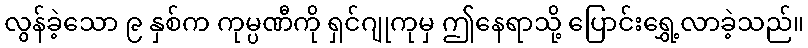
လွန်ခဲ့သော ၉ နှစ်က ကုမ္ပဏီကို ရှင်ဂျုကုမှ ဤနေရာသို့ ပြောင်းရွှေ့လာခဲ့သည်။